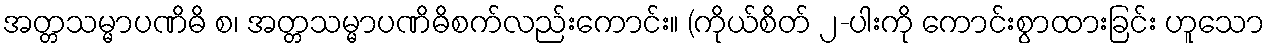
အတ္တသမ္မာပဏိဓိ စ၊ အတ္တသမ္မာပဏိဓိစက်လည်းကောင်း။ (ကိုယ်စိတ် ၂-ပါးကို ကောင်းစွာထားခြင်း ဟူသော